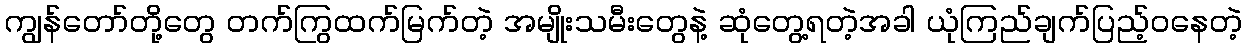
ကျွန်တော်တို့တွေ တက်ကြွထက်မြက်တဲ့ အမျိုးသမီးတွေနဲ့ ဆုံတွေ့ရတဲ့အခါ ယုံကြည်ချက်ပြည့်ဝနေတဲ့